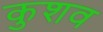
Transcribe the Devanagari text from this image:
कुशव